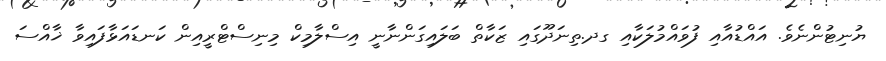
ޔުނިޓުންނެވެ. އައްޑުއާއި ފުވައްމުލަކާއި ގދ.ތިނަދޫގައި ޒަކާތް ބަލައިގަންނާނީ އިސްލާމިކް މިނިސްޓްރީއިން ކަނޑައަޅާފައިވާ ޚާއްސަ